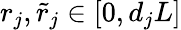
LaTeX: r_{j},\tilde{r}_{j}\in[0,d_{j}L]